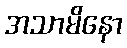
အသာမိနော